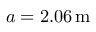
a = 2 . 0 6 \ensuremath { \, \mathrm { m } }